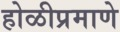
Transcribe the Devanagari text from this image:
होळीप्रमाणे